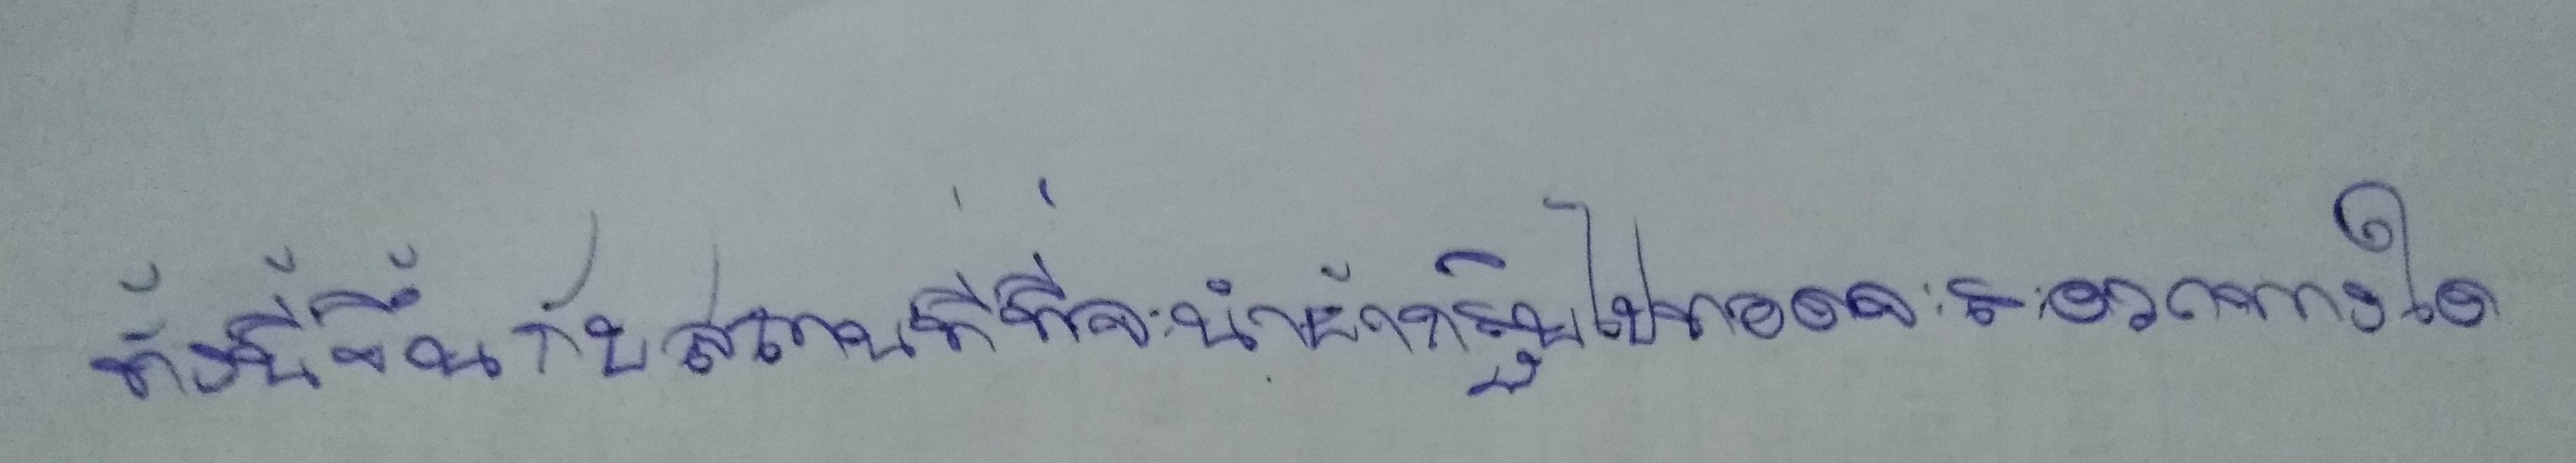
ทั้งนี้ขึ้นอยู่กับสถานที่ที่จะนำผ้ากฐินไปทอดจะสะดวกทางใด